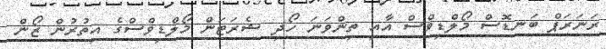
ރަނަރަޕް ބަނޑޮސް މޯލްޑިވްސް އާއި ތިންވަނަ ހޯދި ޝެރަޓަން މޯލްޑިވްސްގެ އިތުރުން ޒޯން